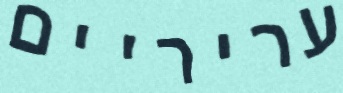
עריריים